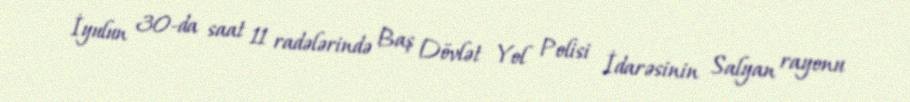
İyulun 30-da saat 11 radələrində Baş Dövlət Yol Polisi İdarəsinin Salyan rayonu